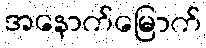
အနောက်မြောက်